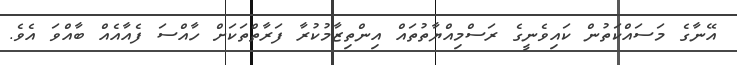
އޭނާގެ މަސައްކަތުން ކައިވެނީގެ ރަސްމިއްޔާތުތައް އިންތިޒާމުކުރާ ފަރާތްތަކަށް ހާއްސަ ފެއާއެއް ބާއްވަ އެވެ.